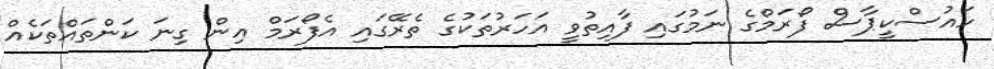
ހައުސްކީޕާސް ފޯރަމްގެ ނަމުގައި ފާއިތުވީ އަހަރުތަކުގެ ތެރޭގައި އެފޯރަމް އިން ގިނަ ކަންތައްތަކެއް